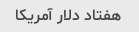
هفتاد دلار آمریکا